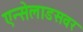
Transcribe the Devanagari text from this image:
एन्सेलाडसवर